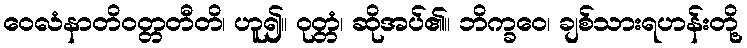
ဝေလံနာတိဝတ္တတီတိ၊ ဟူ၍။ ဝုတ္တံ၊ ဆိုအပ်၏။ ဘိက္ခဝေ၊ ချစ်သားရဟန်းတို့